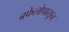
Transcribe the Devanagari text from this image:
बफेलोपासून